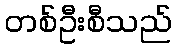
တစ်ဦးစီသည်